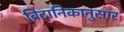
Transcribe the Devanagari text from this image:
ब्रिटानिकानुसार